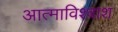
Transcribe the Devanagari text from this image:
आत्माविश्वाश